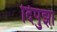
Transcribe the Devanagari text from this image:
दिपुझा